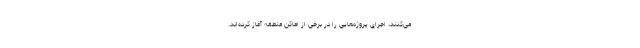
می‌کنند، اجرای پروژه‌هایی را در برخی از اماکن منطقه آغاز کرده‌اند.